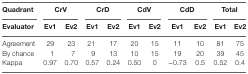
<table><thead><tr><td><b>Quadrant</b></td><td colspan="2"><b>CrV</b></td><td colspan="2"><b>CrD</b></td><td colspan="2"><b>CdV</b></td><td colspan="2"><b>CdD</b></td><td colspan="2"><b>Total</b></td></tr><tr><td><b>Evaluator</b></td><td><b>Ev1</b></td><td><b>Ev2</b></td><td><b>Ev1</b></td><td><b>Ev2</b></td><td><b>Ev1</b></td><td><b>Ev2</b></td><td><b>Ev1</b></td><td><b>Ev2</b></td><td><b>Ev1</b></td><td><b>Ev2</b></td></tr></thead><tbody><tr><td>Agreement</td><td>29</td><td>23</td><td>21</td><td>17</td><td>20</td><td>15</td><td>11</td><td>10</td><td>81</td><td>75</td></tr><tr><td>By chance</td><td>1</td><td>7</td><td>9</td><td>13</td><td>10</td><td>15</td><td>19</td><td>20</td><td>39</td><td>45</td></tr><tr><td>Kappa</td><td>0.97</td><td>0.70</td><td>0.57</td><td>0.24</td><td>0.50</td><td>0</td><td>−0.73</td><td>0.5</td><td>0.52</td><td>0.4</td></tr></tbody></table>